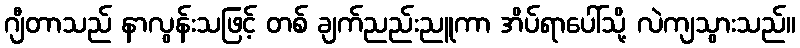
ဂျီတာသည် နာလွန်းသဖြင့် တစ် ချက်ညည်းညူကာ အိပ်ရာပေါ်သို့ လဲကျသွားသည်။